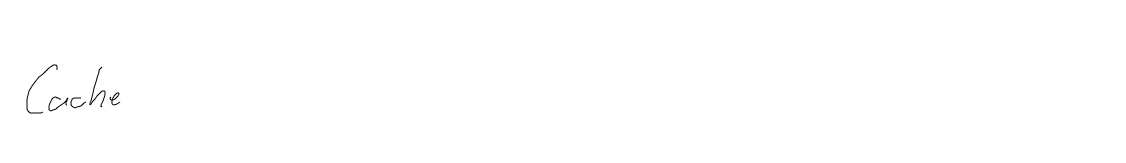
Cache